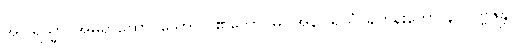
အဂါရသ္မာ၊ အိမ်ရာထောင်သော လူ၏ဘောင်မှ။ အနဂါရိယံ၊ ရဟန်းဘောင်၌။ ပဗ္ဗဇန္တိ၊